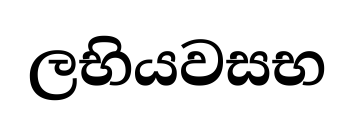
ලභියවසභ